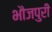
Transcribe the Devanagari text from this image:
भौजपुरी